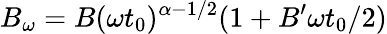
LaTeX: B_{\omega}=B(\omega t_{0})^{\alpha-1/2}(1+B^{\prime}\omega t_{0}/2)